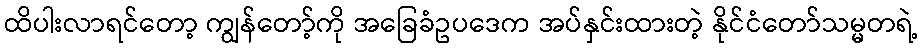
ထိပါးလာရင်တော့ ကျွန်တော့်ကို အခြေခံဥပဒေက အပ်နှင်းထားတဲ့ နိုင်ငံတော်သမ္မတရဲ့